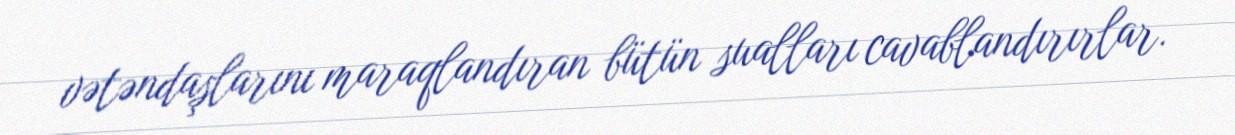
vətəndaşlarını maraqlandıran bütün sualları cavablandırırlar.